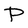
Character: P